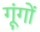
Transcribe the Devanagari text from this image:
गूंगों